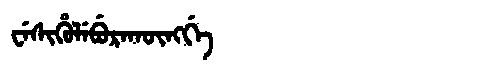
Manchu: ᠸᡝᠰᡳᡥᡠᠯᡝᠪᡠᡵᠠᡴᡡᠩᡤᡝ
Romanization: WESIHULEBURAKŪNGGE